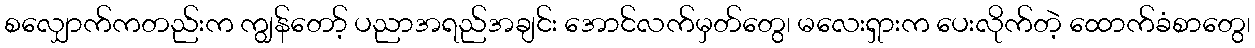
စလျှောက်ကတည်းက ကျွန်တော့် ပညာအရည်အချင်း အောင်လက်မှတ်တွေ၊ မလေးရှားက ပေးလိုက်တဲ့ ထောက်ခံစာတွေ၊